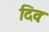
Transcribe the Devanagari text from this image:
दिवः